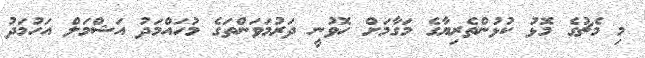
މި މެޗުގެ މޮޅު ކުޅުންތެރިޔާގެ މަގާމަށް ހޮވުނީ ދަރުމަވަންތަގެ މުހައްމަދު އަޝްމަލް އަހުމަދު